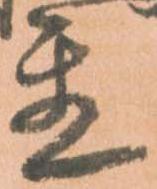
置